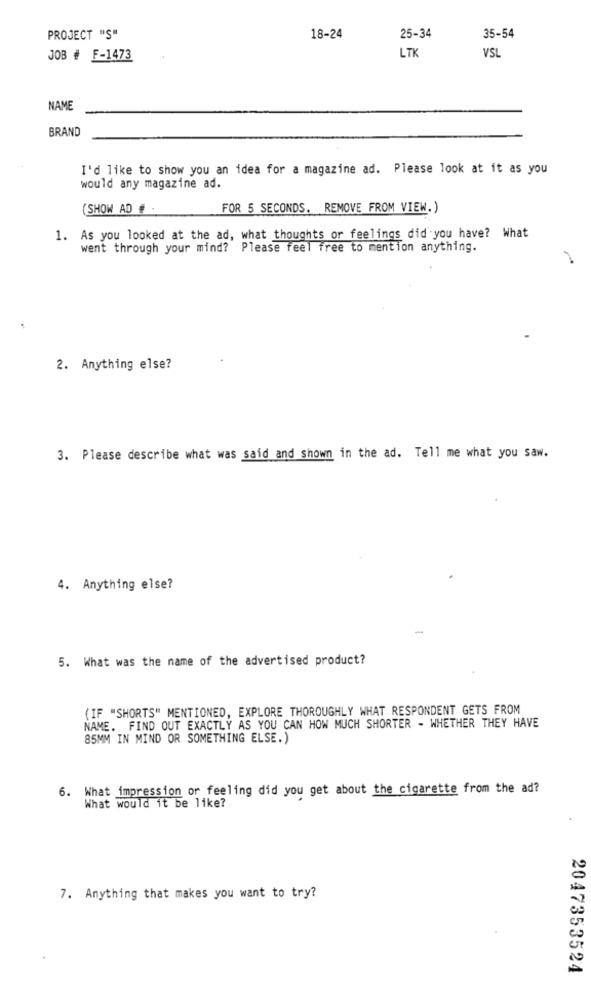
PROJECT "S"
18-24
25-34
35-54
LTK
JOB # F-1473
VSL
NAME
BRAND
I'd like to show you an idea for a magazine ad. Please look at it as you
would any magazine ad.
(SHOW AD .
FOR 5 SECONDS. REMOVE FROM VIEW.)
1. As you looked at the ad, what thoughts or feelings did you have? What
went through your mind? Please feel free to mention anything.
2. Anything else?
3. Please describe what was said and shown in the ad. Tell me what you saw.
4. Anything else?
5. What was the name of the advertised product?
(IF "SHORTS" MENTIONED, EXPLORE THOROUGHLY WHAT RESPONDENT GETS FROM
NAME. FIND OUT EXACTLY AS YOU CAN HOW MUCH SHORTER - WHETHER THEY HAVE
85MM IN MIND OR SOMETHING ELSE.)
6. What impression or feeling did you get about the cigarette from the ad?
What would it be like?
7. Anything that makes you want to try?
2047353524